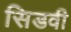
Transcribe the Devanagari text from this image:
सिडवी